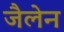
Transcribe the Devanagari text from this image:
जैलेन